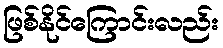
ဖြစ်နိုင်ကြောင်းလည်း